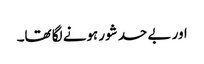
اور بے حد شور ہونے لگا تھا۔